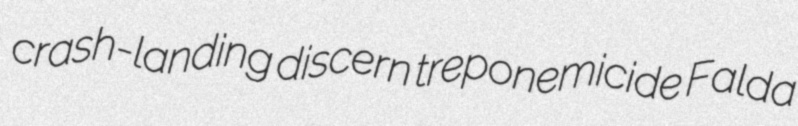
crash-landing discern treponemicide Falda